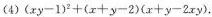
(4)$$(xy-1)^{2}+(x+y-2)(x+y-2xy)$$.